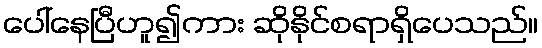
ပေါ်နေပြီဟူ၍ကား ဆိုနိုင်စရာရှိပေသည်။